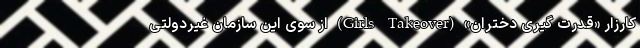
کارزار «قدرت گیری دختران» (Girls Takeover) از سوی این سازمان غیردولتی